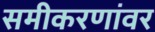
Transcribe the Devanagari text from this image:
समीकरणांवर